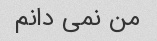
من نمی دانم